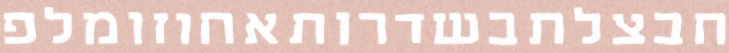
חבצלתבשדרותאחוזומלפ